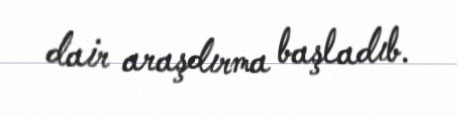
dair araşdırma başladıb.